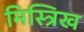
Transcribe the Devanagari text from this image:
मिस्त्रिख